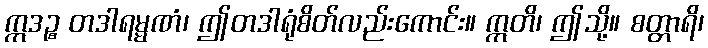
ဣဒဉ္စ တဒါရမ္မဏံ၊ ဤတဒါရုံစိတ်လည်းကောင်း။ ဣတိ၊ ဤသို့။ စတ္တာရိ၊